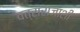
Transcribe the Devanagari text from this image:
वत्सराजाशी